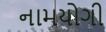
નામયોગી